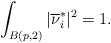
LaTeX: \begin{align*}\int_{B(p, 2)}|\overline\nu^*_i|^2 = 1.\end{align*}